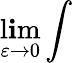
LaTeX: \operatorname*{l\mathbf{i}m}_{\varepsilon\to0}\int